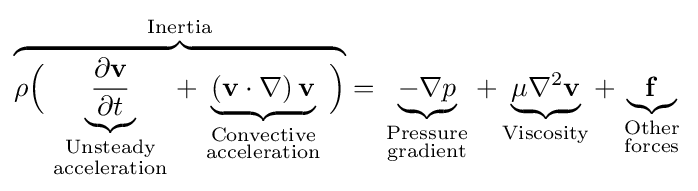
\overbrace {\rho {\Big (}\underbrace {\frac {\partial \mathbf {v} }{\partial t}} _{\begin{smallmatrix}{\text{Unsteady}}\\{\text{acceleration}}\end{smallmatrix}}+\underbrace {\left(\mathbf {v} \cdot \nabla \right)\mathbf {v} } _{\begin{smallmatrix}{\text{Convective}}\\{\text{acceleration}}\end{smallmatrix}}{\Big )}} ^{\text{Inertia}}=\underbrace {-\nabla p} _{\begin{smallmatrix}{\text{Pressure}}\\{\text{gradient}}\end{smallmatrix}}+\underbrace {\mu \nabla ^{2}\mathbf {v} } _{\text{Viscosity}}+\underbrace {\mathbf {f} } _{\begin{smallmatrix}{\text{Other}}\\{\text{forces}}\end{smallmatrix}}